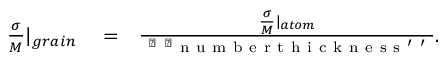
\begin{array} { r l r } { \frac { \sigma } { M } | _ { g r a i n } } & { { } = } & { \frac { \frac { \sigma } { M } | _ { a t o m } } { \mathrm { ~ ` ~ ` ~ n ~ u ~ m ~ b ~ e ~ r ~ t ~ h ~ i ~ c ~ k ~ n ~ e ~ s ~ s ~ ' ~ ' ~ } } . } \end{array}